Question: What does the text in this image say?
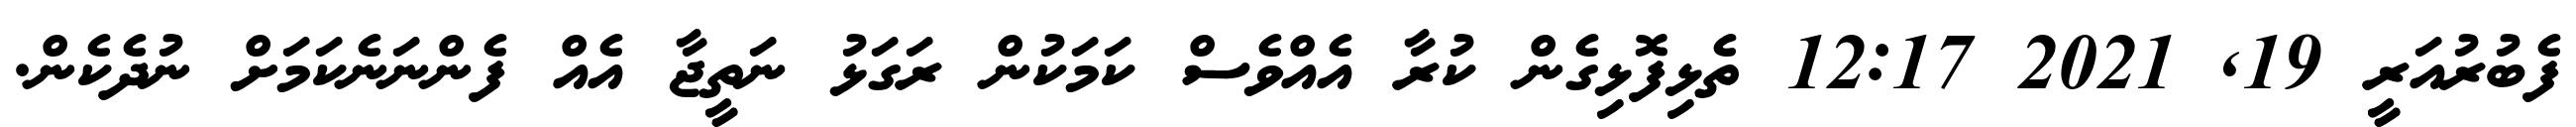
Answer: ފެބުރުއަރީ 19, 2021 12:17 ތެޅިފޮޅިގެން ކުރާ އެއްވެސް ކަމަކުން ރަގަޅު ނަތީޖާ އެއް ފެންނަނެކަމަށް ނުދެކެން.